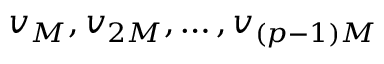
v _ { M } , v _ { 2 M } , \dots , v _ { ( p - 1 ) M }